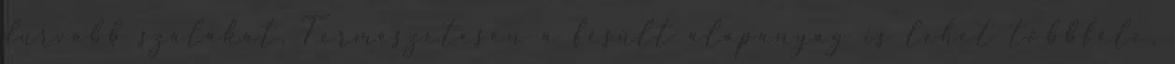
durvább szálakat. Természetesen a fésült alapanyag is lehet többféle,